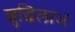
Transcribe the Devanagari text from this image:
शुद्धिलाभ